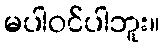
မပါဝင်ပါဘူး။